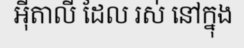
អ៊ីតាលី ដែល រស់ នៅក្នុង